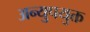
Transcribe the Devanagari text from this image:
अन्युपयुक्त